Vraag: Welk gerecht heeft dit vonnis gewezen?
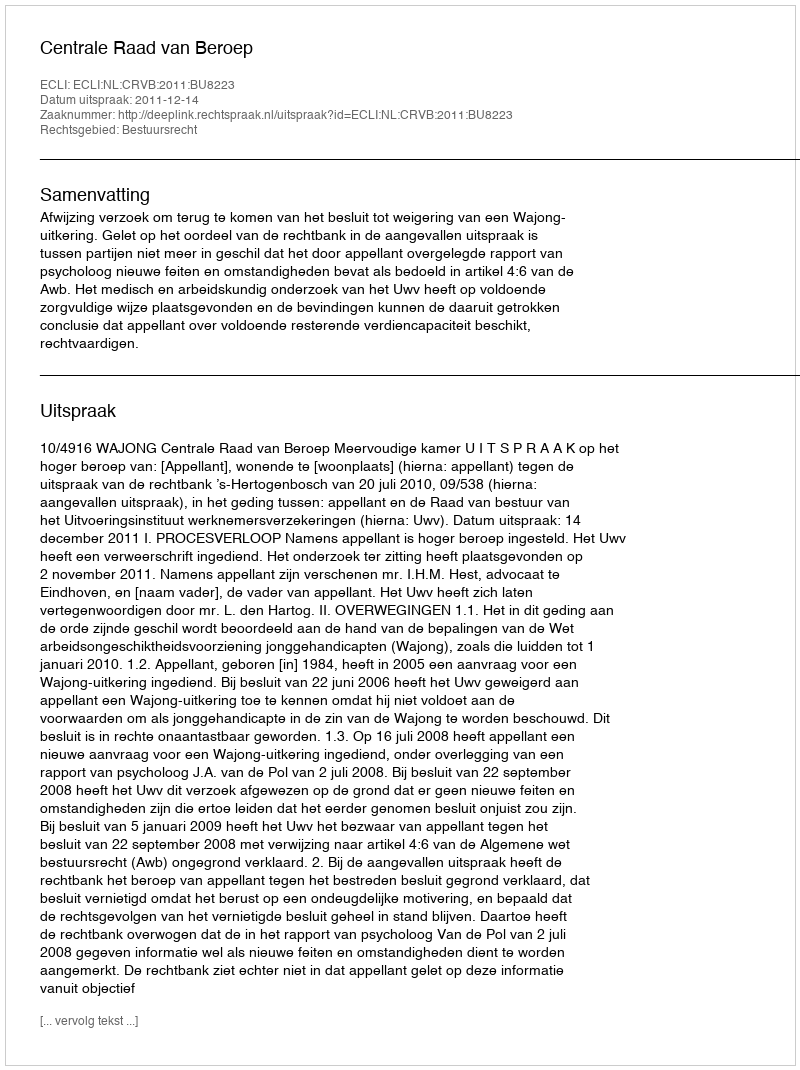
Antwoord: Centrale Raad van Beroep